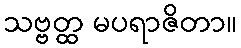
သဗ္ဗတ္ထ မပရာဇိတာ။